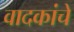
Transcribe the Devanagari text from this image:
वादकांचे